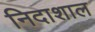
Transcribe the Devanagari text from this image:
निदाशाल